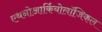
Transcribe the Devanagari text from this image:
एथनोआर्कियोलॉजिकल